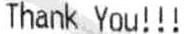
THANK YOU !!!